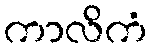
ကာလိကံ